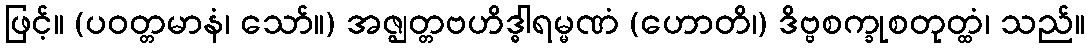
ဖြင့်။ (ပဝတ္တမာနံ၊ သော်။) အဇ္ဈတ္တဗဟိဒ္ဓါရမ္မဏံ (ဟောတိ၊) ဒိဗ္ဗစက္ခုစတုတ္ထံ၊ သည်။